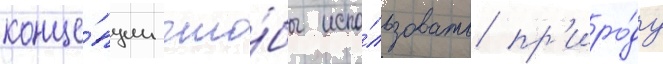
конце́пции что́бы испо́льзовать пр'иро́ду